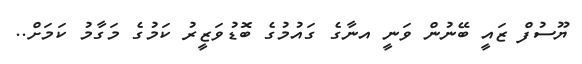
ޔޫސުފް ޒައީ ބޭނުން ވަނީ އނާގެ ގައުމުގެ ބޮޑުވަޒީރު ކަމުގެ މަގާމު ކަމަށް..